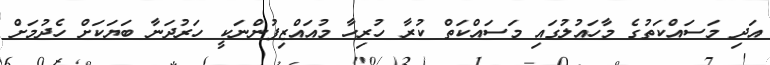
އަދި މަސައްކަތުގެ މާހައުލުގައި މަސައްކަތް ކުރާ ހުރިހާ މުއައްޒިފުންނަކީ ހަރުދަނާ ބަޔަކަށް ހެދުމަށް